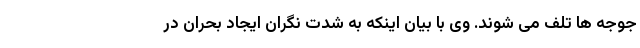
جوجه ها تلف می شوند. وی با بیان اینکه به شدت نگران ایجاد بحران در